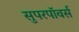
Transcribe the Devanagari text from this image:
सुपरपॉवर्स